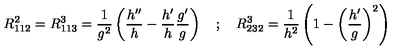
R _ { 1 1 2 } ^ { 2 } = R _ { 1 1 3 } ^ { 3 } = \frac { 1 } { g ^ { 2 } } \left( \frac { h ^ { \prime \prime } } { h } - \frac { h ^ { \prime } } { h } \frac { g ^ { \prime } } { g } \right) \quad ; \quad R _ { 2 3 2 } ^ { 3 } = \frac { 1 } { h ^ { 2 } } \left( 1 - \left( \frac { h ^ { \prime } } { g } \right) ^ { 2 } \right)